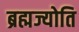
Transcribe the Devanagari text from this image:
ब्रह्मज्योति